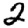
Digit: 2